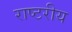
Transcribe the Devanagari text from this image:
राष्टरीय